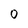
Character: 0